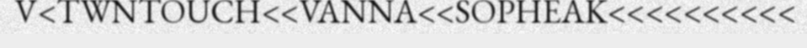
V<TWNTOUCH<<VANNA<<SOPHEAK<<<<<<<<<<